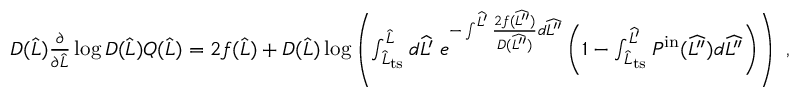
\begin{array} { r } { D ( \widehat { L } ) \frac { \partial } { \partial \widehat { L } } \log D ( \widehat { L } ) Q ( \widehat { L } ) = 2 f ( \widehat { L } ) + D ( \widehat { L } ) \log \left( \int _ { \widehat { L } _ { \mathrm { t s } } } ^ { \widehat { L } } d \widehat { L ^ { \prime } } \; e ^ { - \int ^ { \widehat { L ^ { \prime } } } \frac { 2 f ( \widehat { L ^ { \prime \prime } } ) } { D ( \widehat { L ^ { \prime \prime } } ) } d \widehat { L ^ { \prime \prime } } } \left( 1 - \int _ { \widehat { L } _ { \mathrm { t s } } } ^ { \widehat { L ^ { \prime } } } P ^ { \mathrm { i n } } ( \widehat { L ^ { \prime \prime } } ) d \widehat { L ^ { \prime \prime } } \right) \right) \ , } \end{array}